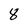
Character: 8